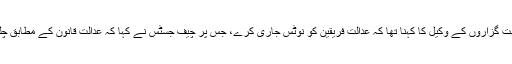
درخواست گزاروں کے وکیل کا کہنا تھا کہ عدالت فریقین کو نوٹس جاری کرے، جس پر چیف جسٹس نے کہا کہ عدالت قانون کے مطابق چلتی ہے۔